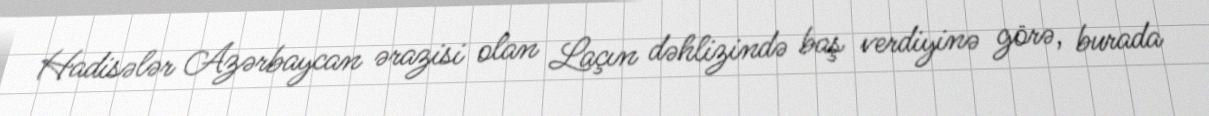
Hadisələr Azərbaycan ərazisi olan Laçın dəhlizində baş verdiyinə görə, burada